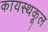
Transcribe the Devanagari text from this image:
कायस्थकूल